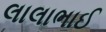
લાલાભાઈ